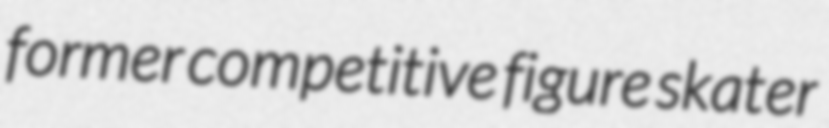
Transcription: former competitive figure skater